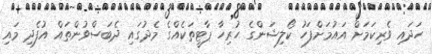
ހަދައި ވެރިކަމަށް އައުމަށްފަހު ކޯލިޝަންގެ ހުރިހާ ޕާޓީތަކެއްގެ މެދުގައި ދެބަސްވުންތައް އުފެދި މައި